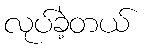
လုပ်ခဲ့တယ်